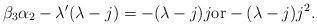
LaTeX: \begin{align*}\beta_3\alpha_2-\lambda'(\lambda-j)=-(\lambda-j)j \mbox{or} -(\lambda-j)j^2.\end{align*}